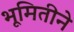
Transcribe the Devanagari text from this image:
भूमितीने